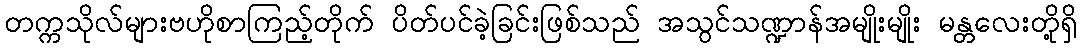
တက္ကသိုလ်များဗဟိုစာကြည့်တိုက် ပိတ်ပင်ခဲ့ခြင်းဖြစ်သည် အသွင်သဏ္ဍာန်အမျိုးမျိုး မန္တလေးတို့ရှိ